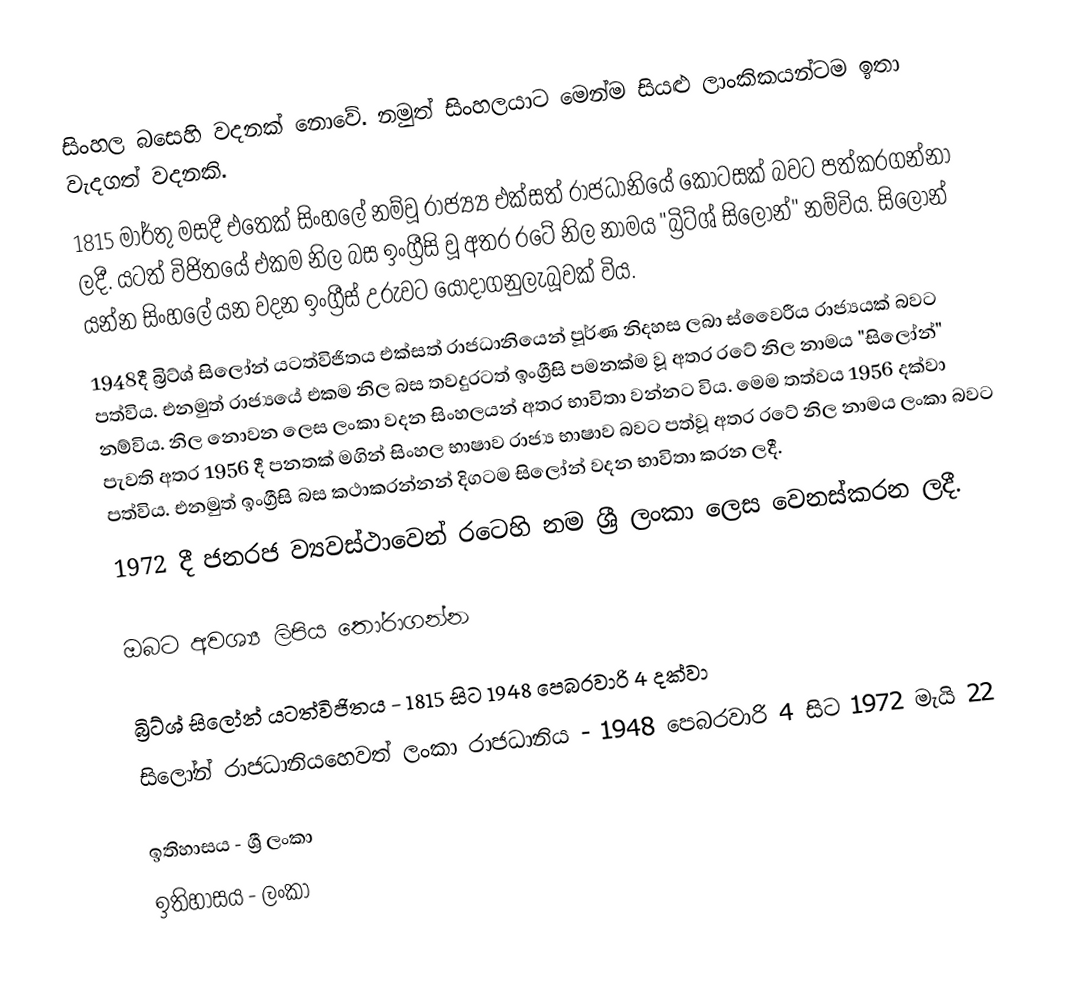
සිංහල බසෙහි වදනක් නොවේ. නමුත් සිංහලයාට මෙන්ම සියළු ලාංකිකයන්ටම ඉතා වැදගත් වදනකි.
1815 මාර්තු මසදී එතෙක් සිංහලේ නම්වූ රාජ්‍ය්‍ය එක්සත් රාජධානියේ කොටසක් බවට පත්කරගන්නා ලදී. යටත් විජිතයේ එකම නිල බස ඉංග්‍රීසි වූ අතර රටේ නිල නාමය "බ්‍රිට්ශ් සිලෝන්" නම්විය. සිලෝන් යන්න සිංහලේ යන වදන ඉංග්‍රීස් උරුවට යොදාගනුලැබූවක් විය.
1948දී බ්‍රිට්ශ් සිලෝන් යටත්විජිතය එක්සත් රාජධානියෙන් පූර්ණ නිදහස ලබා ස්වෛරීය රාජ්‍යයක් බවට පත්විය. එනමුත් රාජ්‍යයේ  එකම නිල බස තවදුරටත් ඉංග්‍රීසි පමනක්ම වූ අතර රටේ නිල නාමය "සිලෝන්" නම්විය. නිල නොවන ලෙස ලංකා වදන සිංහලයන් අතර භාවිතා වන්නට විය. මෙම තත්වය 1956 දක්වා පැවති අතර 1956 දී පනතක් මගින් සිංහල භාෂාව රාජ්‍ය භාෂාව බවට පත්වූ අතර රටේ නිල නාමය ලංකා බවට පත්විය. එනමුත් ඉංග්‍රීසි බස කථාකරන්නන් දිගටම සිලෝන් වදන භාවිතා කරන ලදී.
1972 දී ජනරජ ව්‍යවස්ථාවෙන් රටෙහි නම ශ්‍රී ලංකා ලෙස වෙනස්කරන ලදී.

ඔබට අවශ්‍ය ලිපිය තෝරාගන්න

 බ්‍රිට්ශ් සිලෝන් යටත්විජිතය - 1815 සිට 1948 පෙබරවාරි 4 දක්වා
 සිලෝන් රාජධානියහෙවත් ලංකා රාජධානිය  - 1948 පෙබරවාරි 4 සිට 1972 මැයි 22

ඉතිහාසය - ශ්‍රී ලංකා
ඉතිහාසය - ලංකා